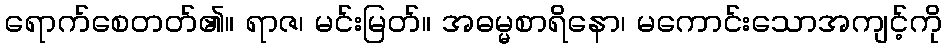
ရောက်စေတတ်၏။ ရာဇ၊ မင်းမြတ်။ အဓမ္မစာရိနော၊ မကောင်းသောအကျင့်ကို